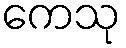
ကေသု